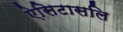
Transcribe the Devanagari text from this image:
ऐसिटासलि